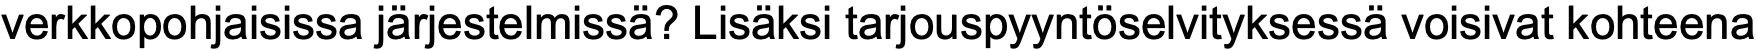
verkkopohjaisissa järjestelmissä? Lisäksi tarjouspyyntöselvityksessä voisivat kohteena